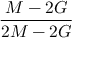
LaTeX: \frac { M - 2 G } { 2 M - 2 G }